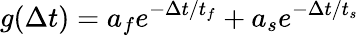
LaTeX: g(\Delta t)=a_{f}e^{-\Delta t/t_{f}}+a_{s}e^{-\Delta t/t_{s}}